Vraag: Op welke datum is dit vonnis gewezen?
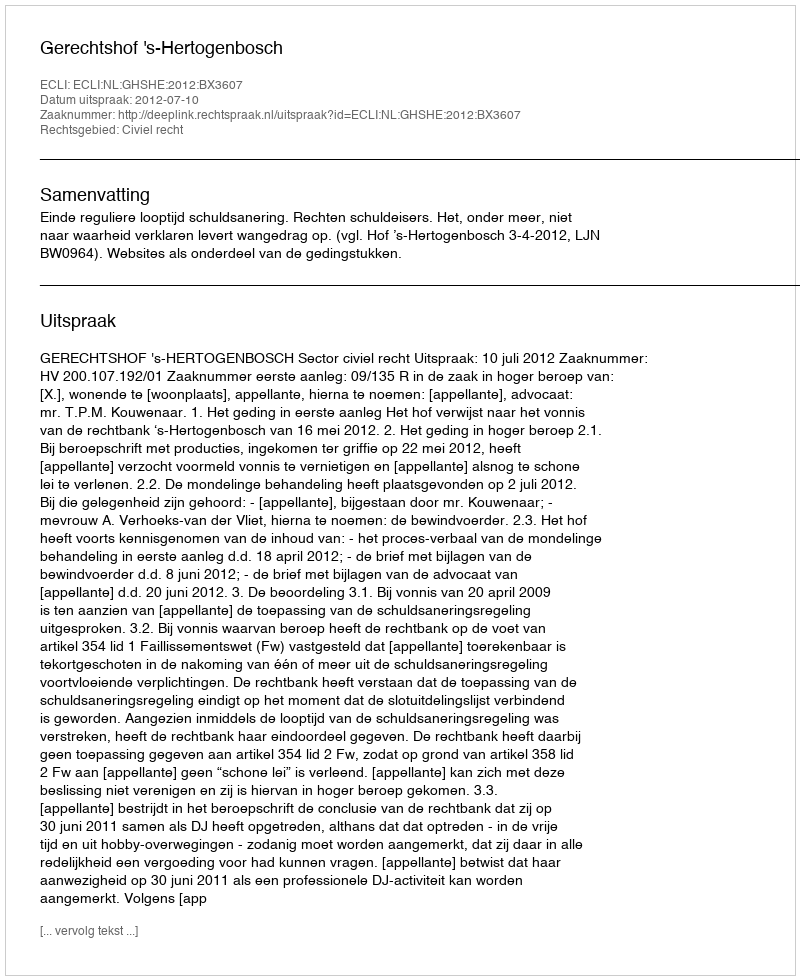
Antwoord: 2012-07-10